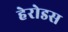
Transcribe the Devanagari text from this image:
हेरोडस